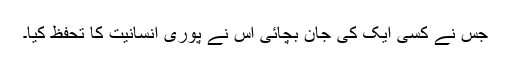
جس نے کسی ایک کی جان بچائی اس نے پوری انسانیت کا تحفظ کیا۔